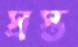
স্রস্ত